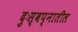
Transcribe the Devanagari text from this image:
दुःस्वप्नातील